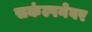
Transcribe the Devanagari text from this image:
सकंल्पनेवर